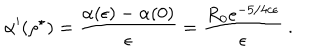
\alpha ^ { \prime } ( \rho ^ { \star } ) = \frac { \alpha ( \epsilon ) - \alpha ( 0 ) } { \epsilon } = \frac { R _ { 0 } e ^ { - 5 / 4 c \epsilon } } { \epsilon } \ .